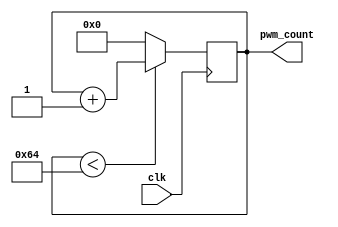
`timescale 1ns / 1ps
//////////////////////////////////////////////////////////////////////////////////
// Company: 
// Engineer: 
// 
// Design Name: 
// Module Name: pwm
// Project Name: 
// Target Devices: 
// Tool Versions: 
// Description: 
// 
// Dependencies: 
// 
// Revision:
// Revision 0.01 - File Created
// Additional Comments:
// 
//////////////////////////////////////////////////////////////////////////////////

// pwm
module pwm(
input clk,
output reg [7:0] pwm_count = 0
);
    always @(posedge clk )
    begin
    if (pwm_count<100)
        pwm_count<=pwm_count+1;
    else
        pwm_count <= 0;
    end
endmodule